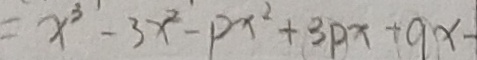
= x ^ { 3 } - 3 x ^ { 2 } - P x ^ { 2 } + 3 p x + 9 x -